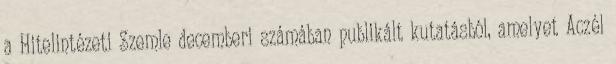
a Hitelintézeti Szemle decemberi számában publikált kutatásból, amelyet Aczél